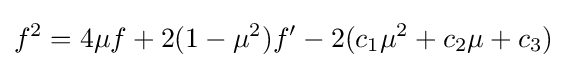
f^{2}=4\mu f+2(1-\mu ^{2})f'-2(c_{1}\mu ^{2}+c_{2}\mu +c_{3})